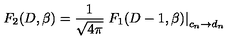
F _ { 2 } ( D , \beta ) = { \frac { 1 } { \sqrt { 4 \pi } } } \left. F _ { 1 } ( D - 1 , \beta ) \right| _ { c _ { n } \rightarrow d _ { n } } ~